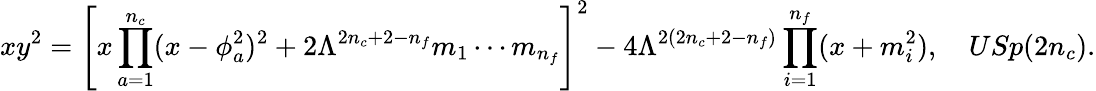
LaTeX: xy^{2}=\left[x\prod_{a=1}^{n_{c}}(x-\phi_{a}^{2})^{2}+2\Lambda^{2n_{c}+2-n_{f}}m_{1}\cdots m_{n_{f}}\right]^{2}-4\Lambda^{2(2n_{c}+2-n_{f})}\prod_{i=1}^{n_{f}}(x+m_{i}^{2}),\quad USp(2n_{c}).